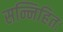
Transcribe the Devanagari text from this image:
सन्निहितः